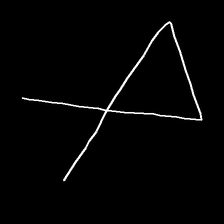
Glyph: collection